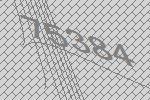
75384